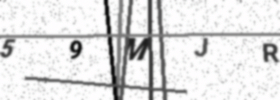
Text: 59MJR